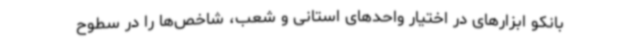
بانکو ابزارهای در اختیار واحدهای استانی و شعب، شاخص‌ها را در سطوح